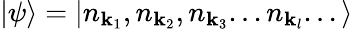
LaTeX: |\psi\rangle=\left|n_{\mathbf{k}_{1}},n_{\mathbf{k}_{2}},n_{\mathbf{k}_{3}}...n_{\mathbf{k}_{l}}...\right\rangle